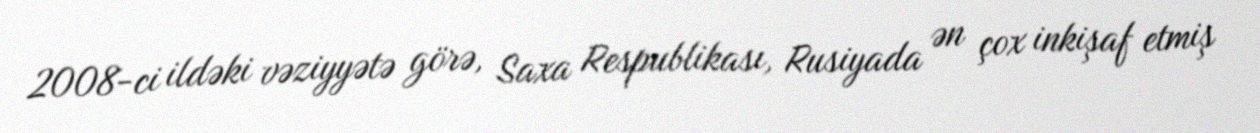
2008-ci ildəki vəziyyətə görə, Saxa Respublikası, Rusiyada ən çox inkişaf etmiş